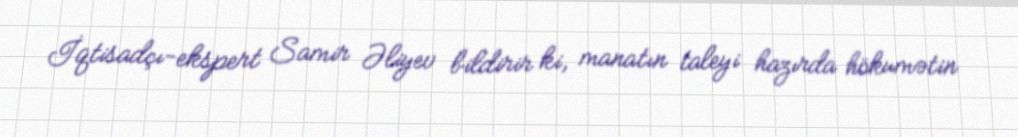
İqtisadçı-ekspert Samir Əliyev bildirir ki, manatın taleyi hazırda hökumətin